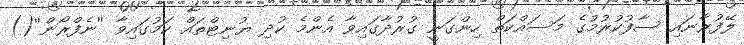
ލޭފުރާނައި ސާފުކުރުމުގެ މަސައްކަތް ހިންގަނީ ގުރުދާގައިވާ އެންމެ ކުދި ޔުނިޓްތައް ކަމުގައިވާ ''ނެފްރޯން''()